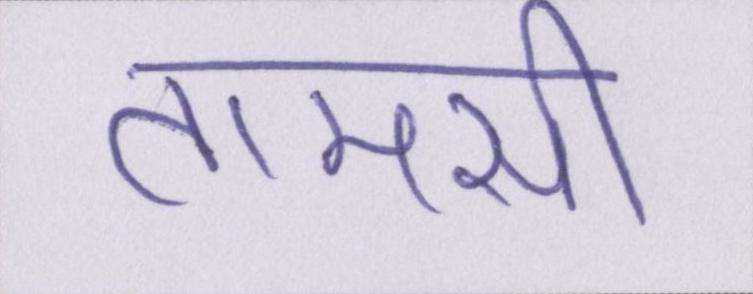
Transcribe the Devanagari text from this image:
तामसी